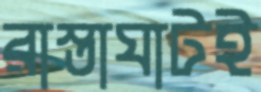
রাস্তাঘাটই